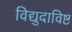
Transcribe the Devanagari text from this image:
विद्युदाविष्ट